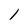
Character: 1